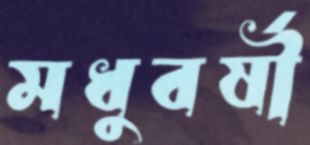
মধুবর্ষী